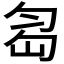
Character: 𠣢